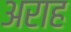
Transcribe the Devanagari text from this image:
अराह